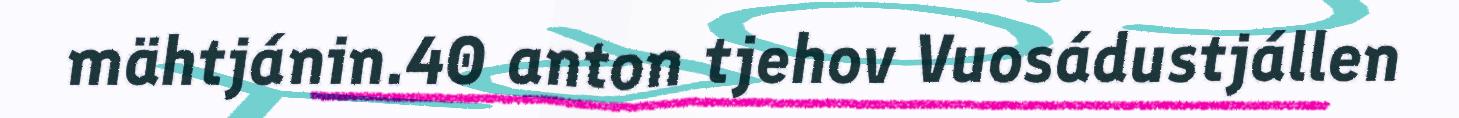
mähtjánin.40 anton tjehov Vuosádustjállen